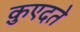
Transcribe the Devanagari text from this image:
क़ुएदते